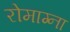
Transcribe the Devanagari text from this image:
रोमाग्ना